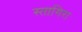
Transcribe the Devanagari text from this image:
स्तागिरा